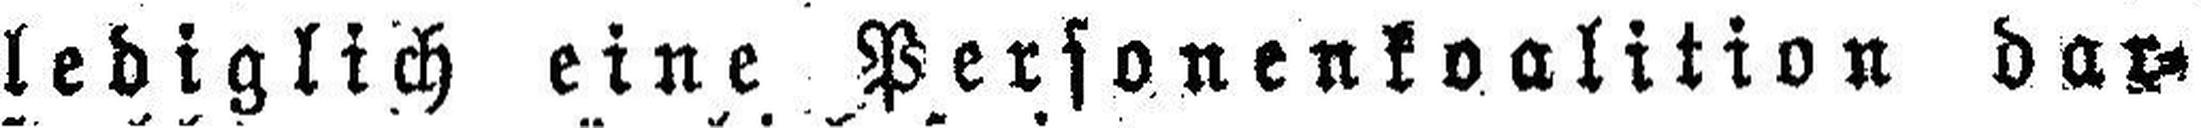
lediglich eine Personenkoalition dar¬